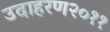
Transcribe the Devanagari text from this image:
उदाहरण२०११